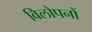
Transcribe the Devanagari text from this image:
विलोपनों